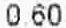
0.60